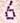
6